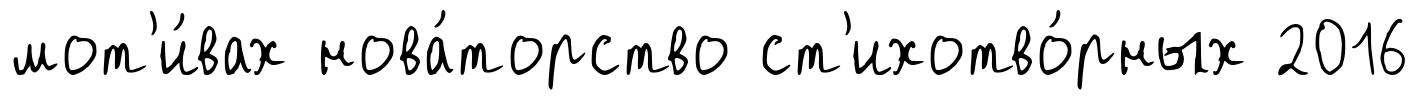
мот'и́вах нова́торство ст'ихотво́рных 2016